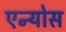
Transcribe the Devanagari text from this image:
एन्योस